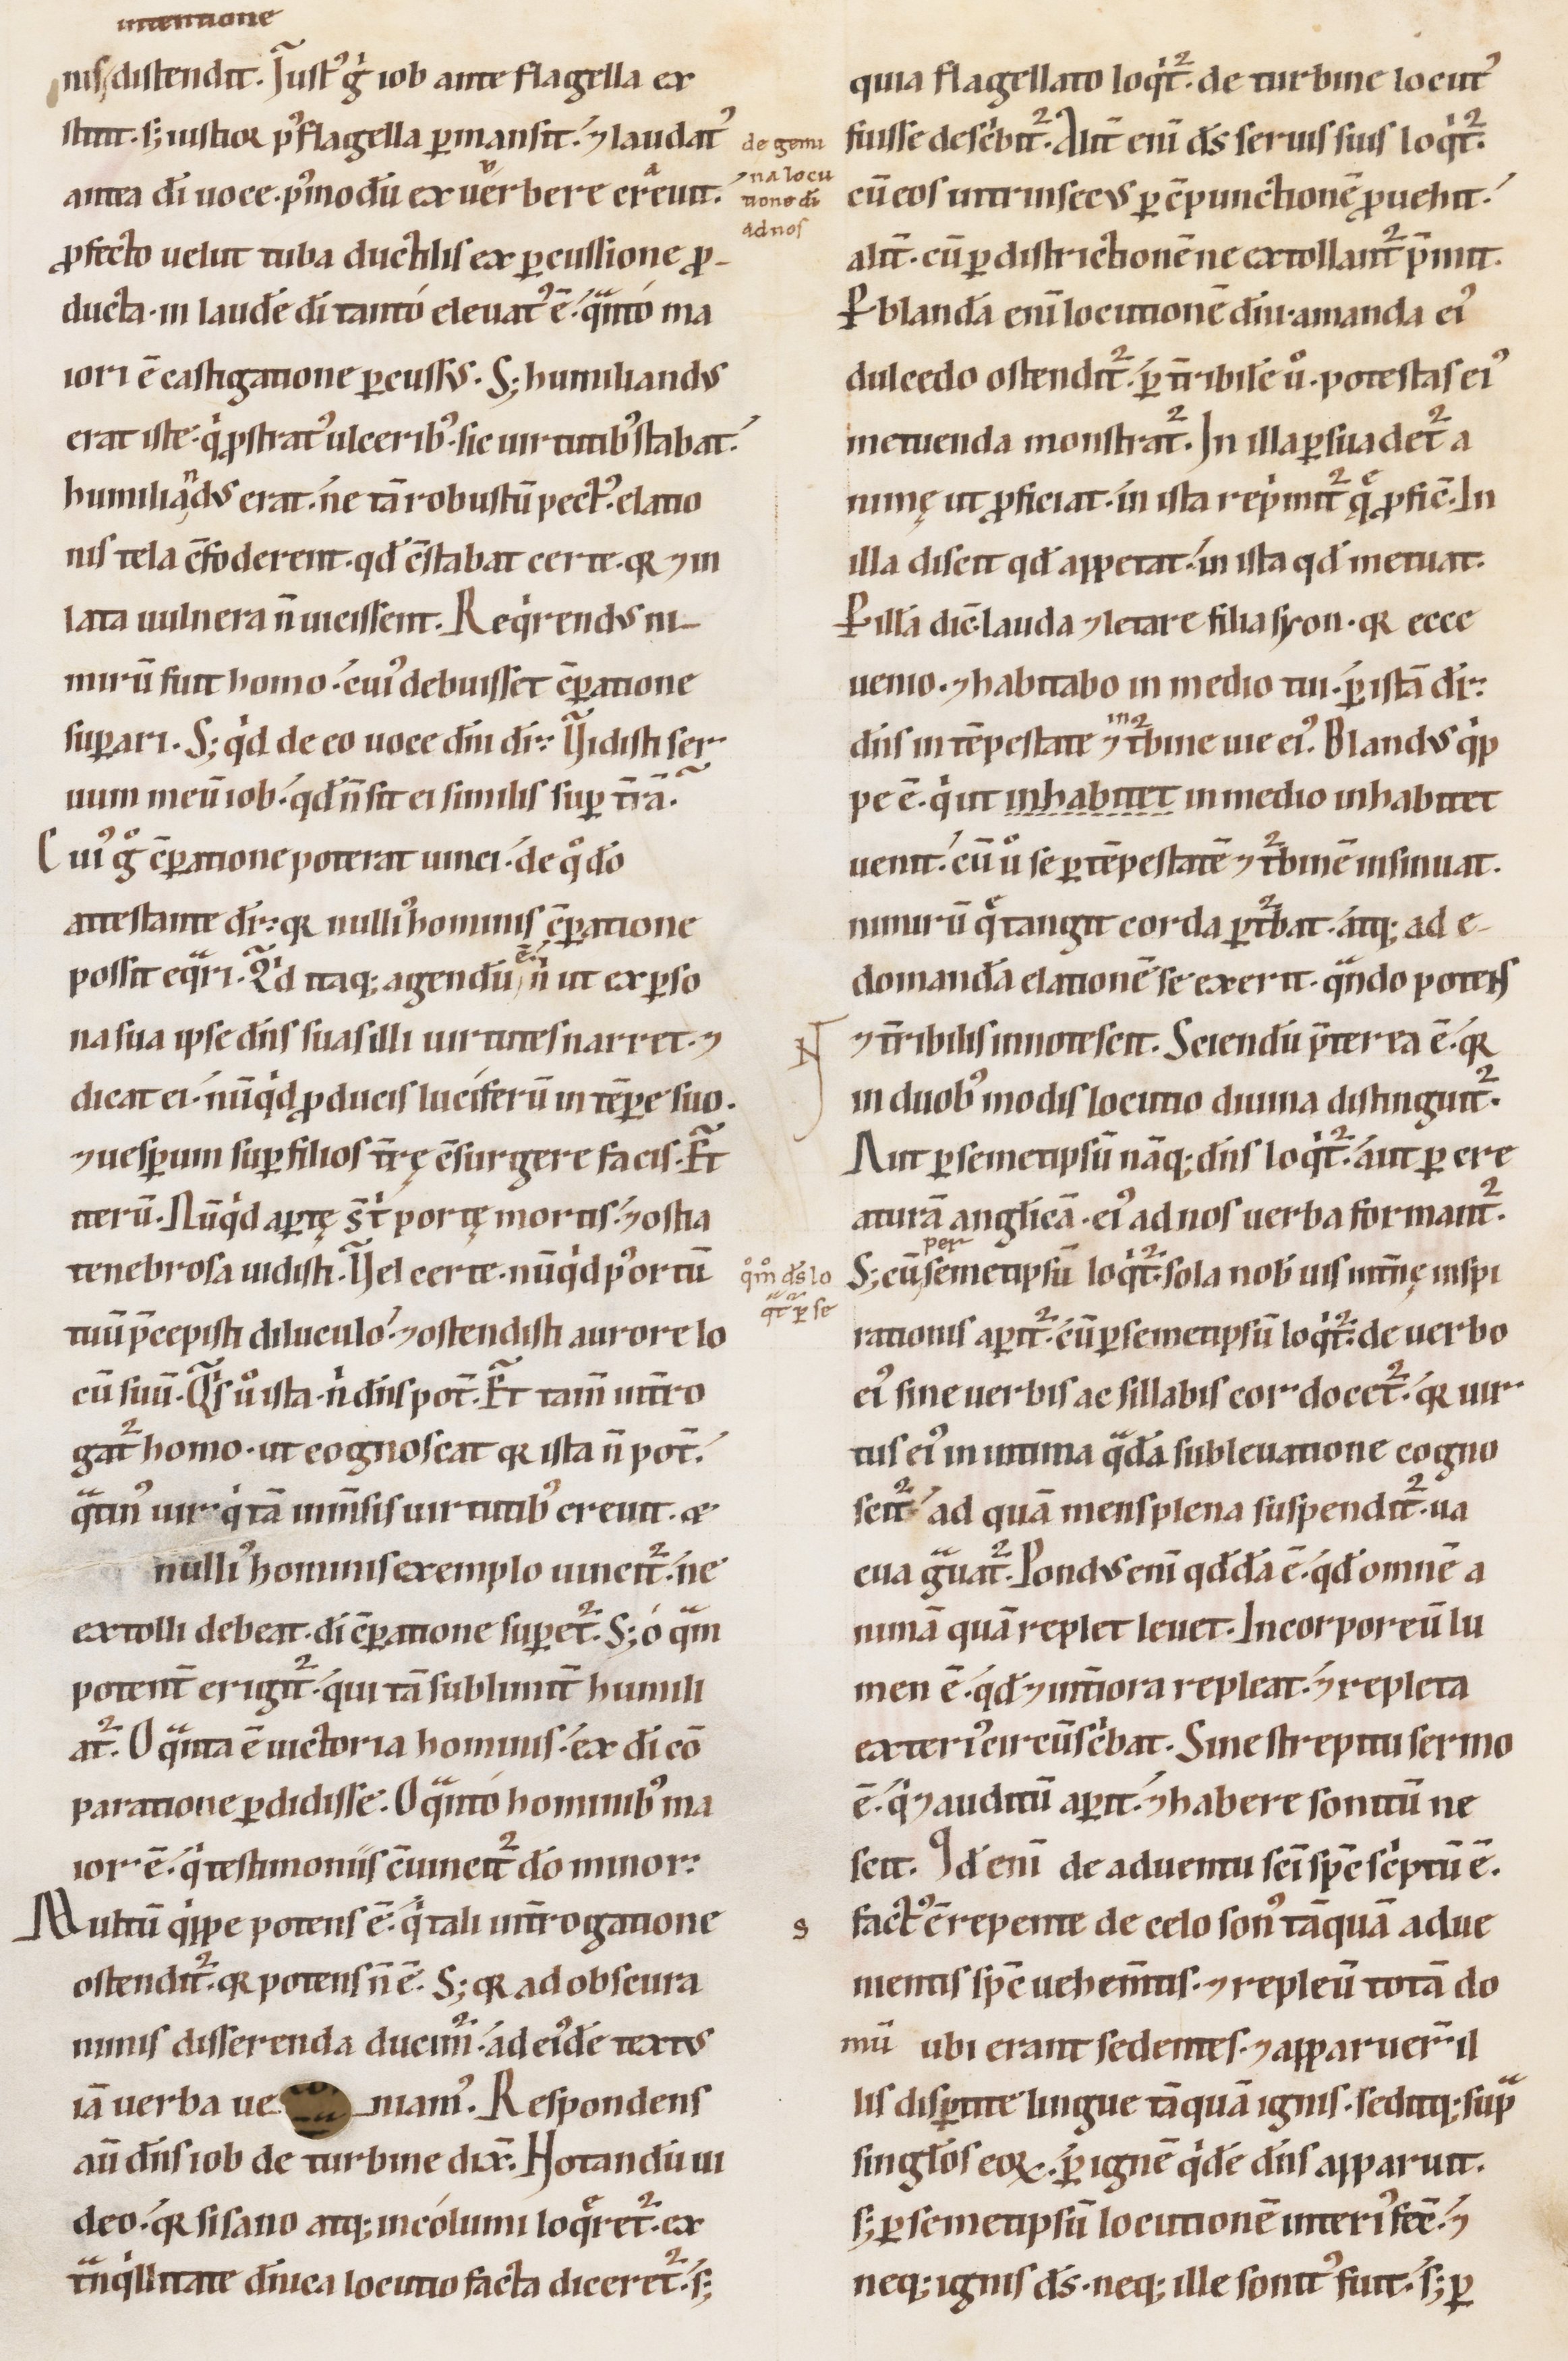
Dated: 1100–1199